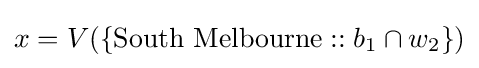
x=V(\{{\text{South Melbourne}}::b_{1}\cap w_{2}\})